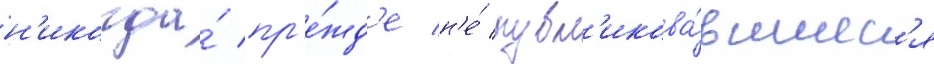
н'икогда́ пр'е́жд'е н'е́ публ'икова́вшиес'я